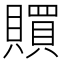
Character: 𧸏